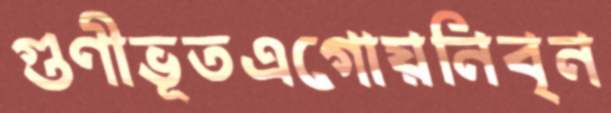
গুণীভূতএগোয়নিবৃন